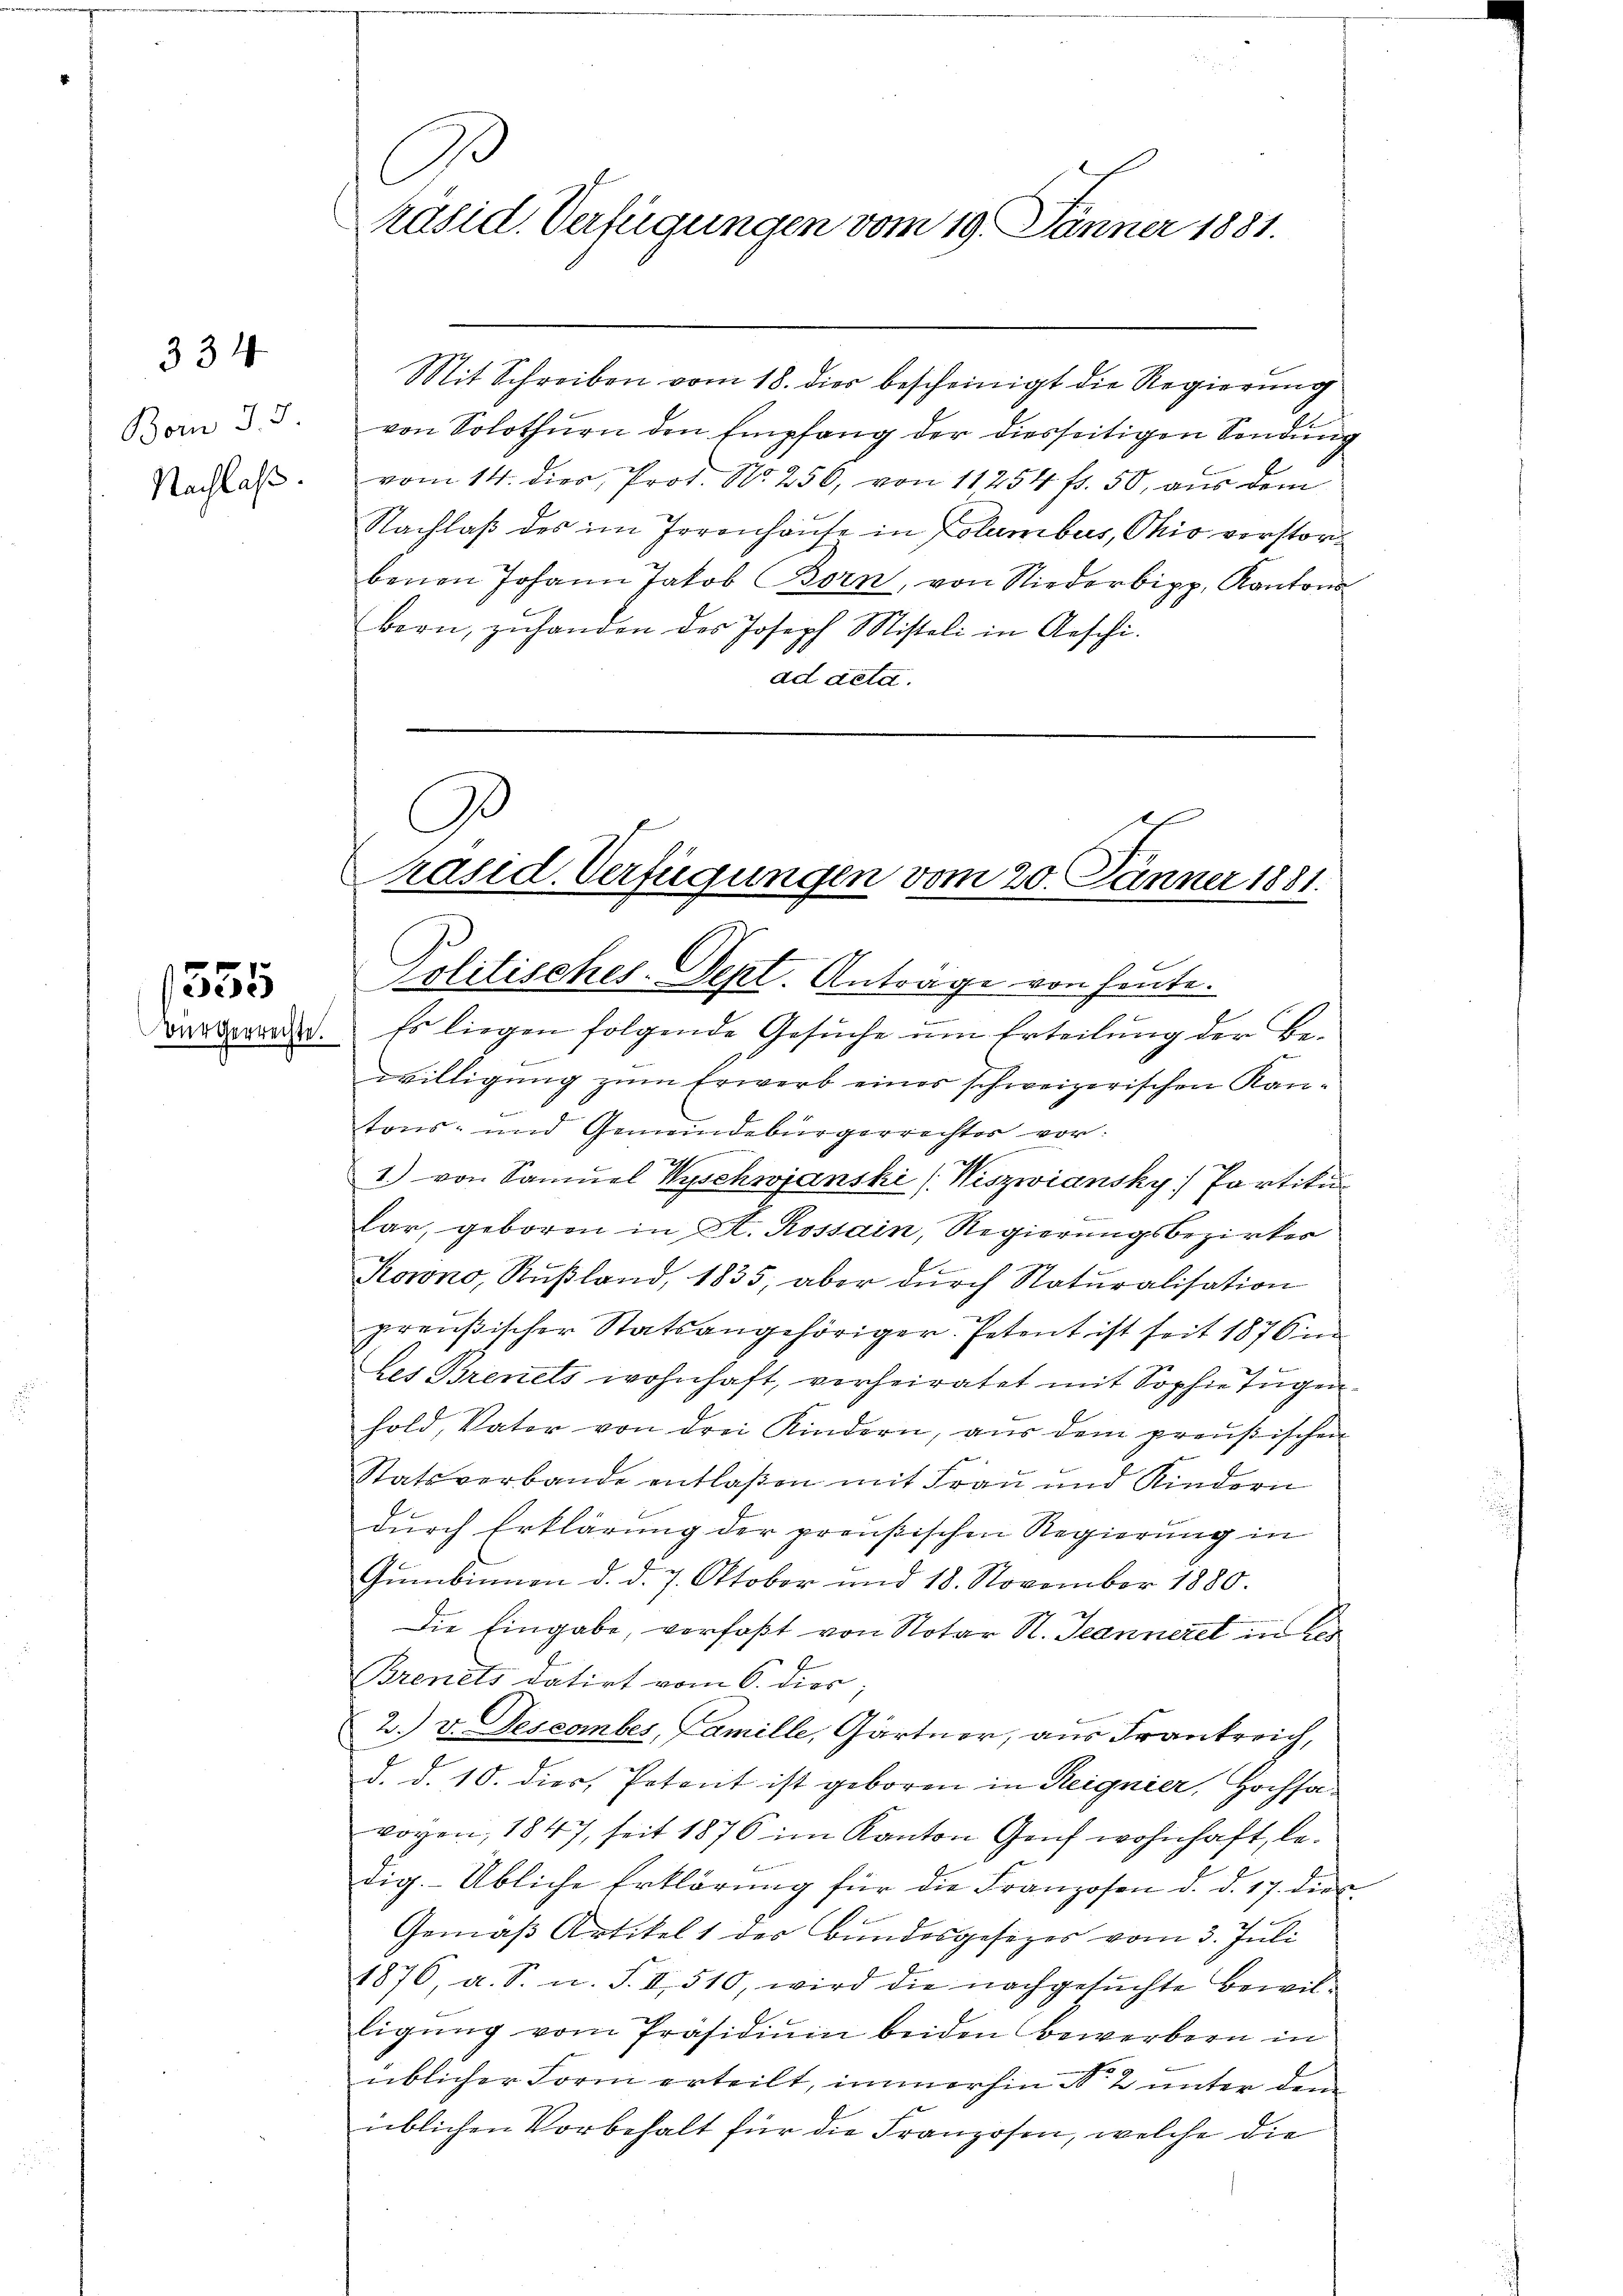
334

Born J. J.
Nachlaß.

1555
Bürgerrechte.

A.
Präsid. Verfügungen vom 19. Jänner 1881.

Mit Schreiben vom 18. dies bescheinigt die Regierung
von Solothurn den Empfang der diesseitigen Sendung
vom 14. dies, Prot. No. 256, von 11254 f. 50, aus dem
Nachlaß des im Irrenhause in Columbus, Ohio verstorbenen Johann Jakob Born, von Niederipp, Kantons
bern, zŭhanden des Joseph Misteli in Aeschi
ad deta.

Ge
Präsid. Verfügungen vom 20. Jänner 1881.
Politisches-Sept. Antrage von heute.

Es liegen folgende Gesuche um Erteilung der Bewilligung zum Erwerb eines schweizerischen Kan-
f
tons- und Gemeindebürgerrechter vor:
2
1) von Samuel Wyschwjanski (Niszwiansky Partiku
lar, geboren in A. Rossain, Regierungsbezirker
Korno, Rußland, 1835, aber dŭrch Naturalisation
preußischer Statsangehöriger. Petent ist seit 1876 in
Les Brenets wohnhaft, verheiratet mit Sophie Tugen.
hold, Vater von drei Kindern, aŭs dem preußischen
2
Statsverbande entlaßen mit Frau und Kindern
durch Erklärung der preußischen Regierung in
Gŭmbinnen d. d. 7. Oktober und 18. November 1880.
Die Eingabe, verfaßt von Notar N. Jeanneret in Ver
Brinets datirt vom 6. dies
2. v. Descomber, Famille, Gärtner, aus Frankreich,
d. d. 10. dies, Petent ist geboren in Reignier, Hochsaworen, 1847, seit 1876 im Kanton Genf wohnhaft, bedig. Übliche Erklärŭng für die Franzosen d. d. 17. die
Gemäß Artikel 1 des Bundesgesezes vom 3. Juli
1876 a. S. u. S. II 510, wird die nachgesŭchte Bewil-
ligŭng vom Präsidiŭm beiden Bewerbern in
üblicher Form erteilt, immerhin Nr. 2 unter dem
üblichen Vorbehalt für die Franzosen, welche die